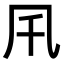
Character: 𠘴